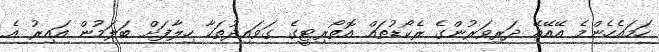
ހަމައެހެންމެ އޭއޭއޭ ދަރިވަރުންގެ ރެކޯޑުތައް އޮތޯރިޓީގެ ގަވައިދުތަކާ ހިލާފަށް ބަލަމުން އައިރު އެ